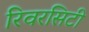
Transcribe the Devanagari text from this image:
रिवरसिटी